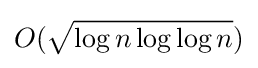
O({\sqrt {\log n\log \log n}})